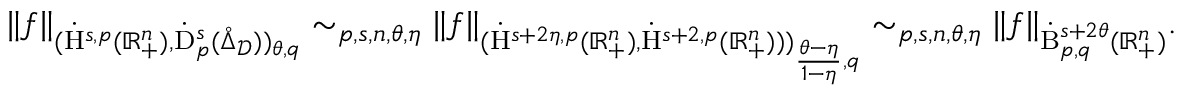
\begin{array} { r } { \lVert f \rVert _ { ( \dot { \mathrm { H } } ^ { s , p } ( \mathbb { R } _ { + } ^ { n } ) , \dot { \mathrm { D } } _ { p } ^ { s } ( \mathring { \Delta } _ { \mathcal { D } } ) ) _ { \theta , q } } \sim _ { p , s , n , \theta , \eta } \lVert f \rVert _ { ( \dot { \mathrm { H } } ^ { s + 2 \eta , p } ( \mathbb { R } _ { + } ^ { n } ) , \dot { \mathrm { H } } ^ { s + 2 , p } ( \mathbb { R } _ { + } ^ { n } ) ) ) _ { \frac { \theta - \eta } { 1 - \eta } , q } } \sim _ { p , s , n , \theta , \eta } \lVert f \rVert _ { \dot { \mathrm { B } } _ { p , q } ^ { s + 2 \theta } ( \mathbb { R } _ { + } ^ { n } ) } \mathrm { . ~ } } \end{array}